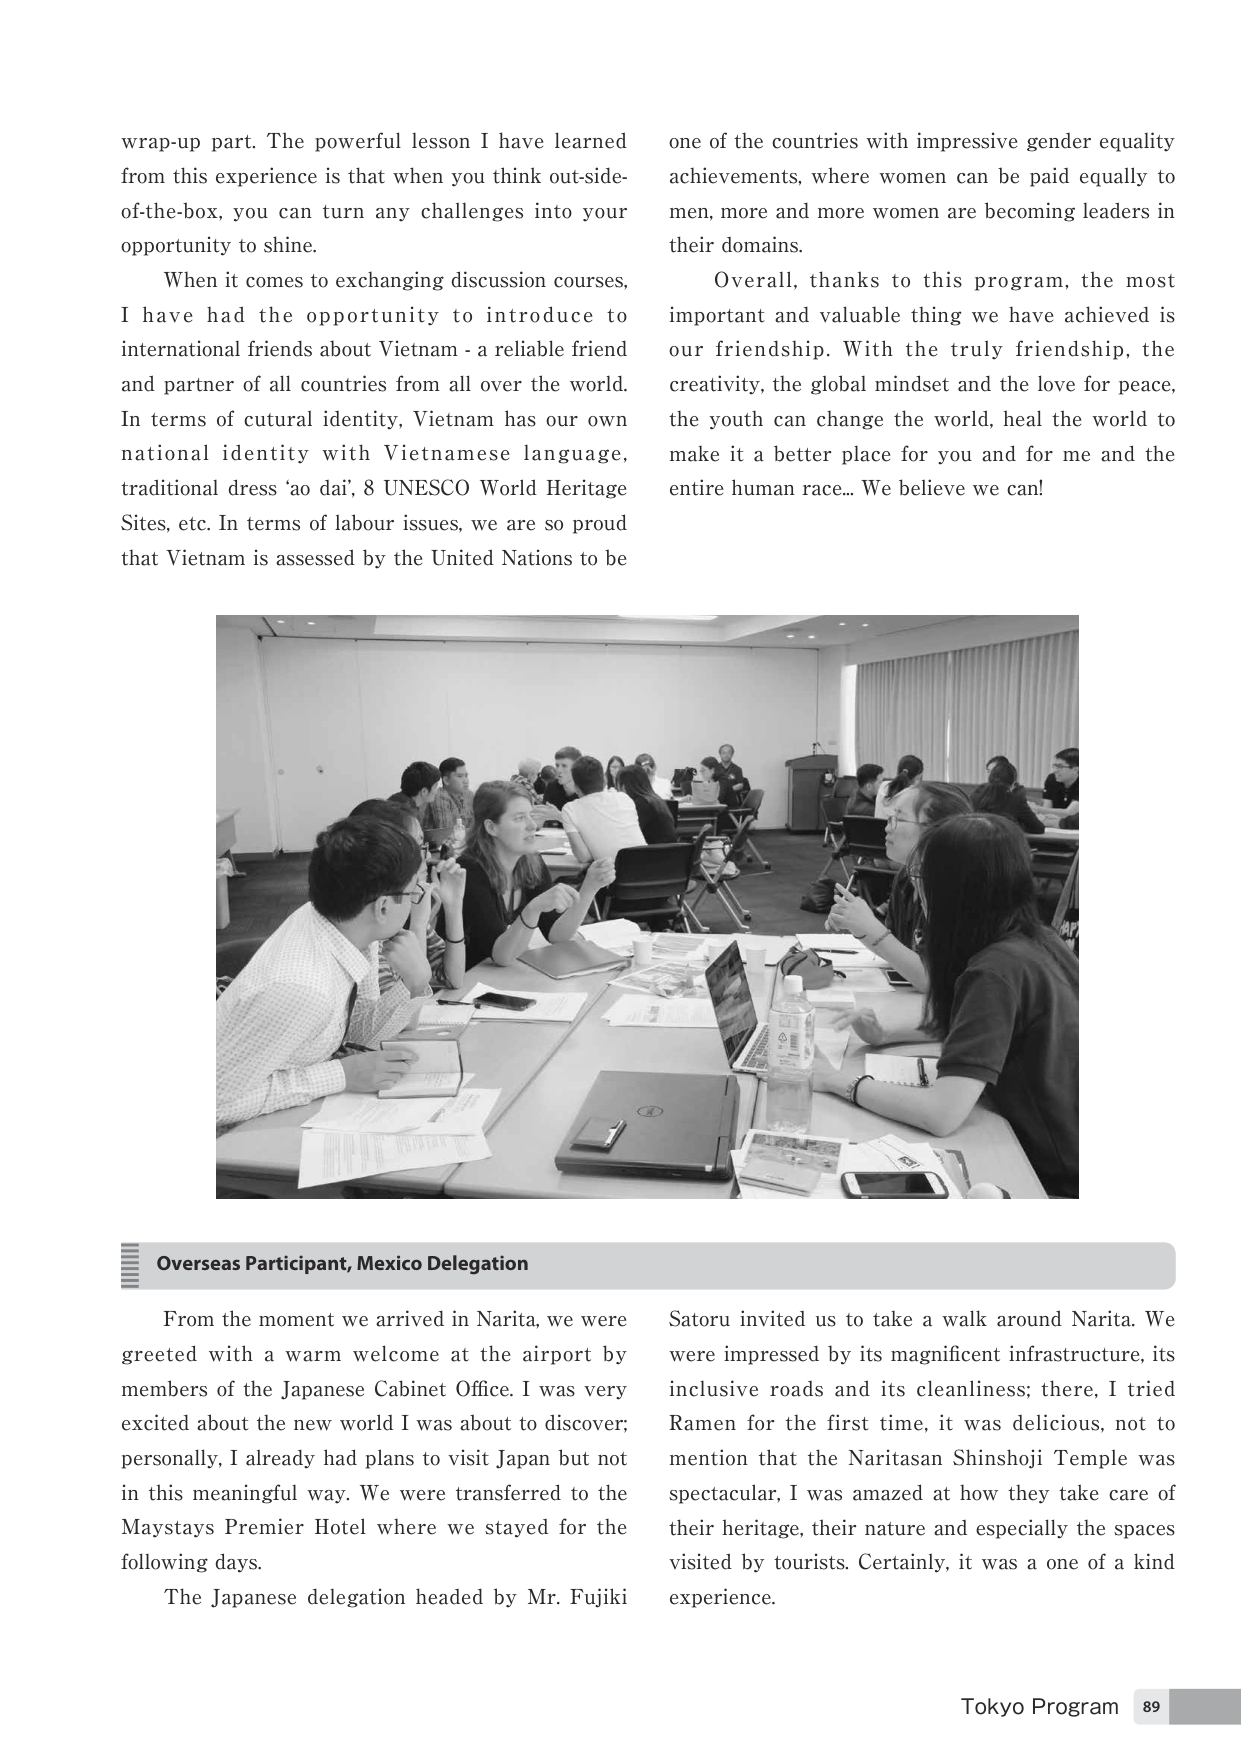
wrap-up part. The powerful lesson I have learned from this experience is that when you think out-side-of-the-box, you can turn any challenges into your opportunity to shine.

When it comes to exchanging discussion courses, I have had the opportunity to introduce to international friends about Vietnam - a reliable friend and partner of all countries from all over the world. In terms of cultural identity, Vietnam has our own national identity with Vietnamese language, traditional dress 'ao dai', 8 UNESCO World Heritage Sites, etc. In terms of labour issues, we are so proud that Vietnam is assessed by the United Nations to be one of the countries with impressive gender equality achievements, where women can be paid equally to men, more and more women are becoming leaders in their domains.

Overall, thanks to this program, the most important and valuable thing we have achieved is our friendship. With the truly friendship, the creativity, the global mindset and the love for peace, the youth can change the world, heal the world to make it a better place for you and for me and the entire human race... We believe we can!

Overseas Participant, Mexico Delegation

From the moment we arrived in Narita, we were greeted with a warm welcome at the airport by members of the Japanese Cabinet Office. I was very excited about the new world I was about to discover; personally, I already had plans to visit Japan but not in this meaningful way. We were transferred to the Maystays Premier Hotel where we stayed for the following days.

The Japanese delegation headed by Mr. Fujiki Satoru invited us to take a walk around Narita. We were impressed by its magnificent infrastructure, its inclusive roads and its cleanliness; there, I tried Ramen for the first time, it was delicious, not to mention that the Naritasan Shinshoji Temple was spectacular, I was amazed at how they take care of their heritage, their nature and especially the spaces visited by tourists. Certainly, it was a one of a kind experience.

Tokyo Program 89